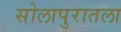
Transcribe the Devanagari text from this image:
सोलापुरातला